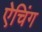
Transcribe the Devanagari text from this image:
ऐचिंग